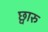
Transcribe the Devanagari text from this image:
छ्वारु